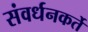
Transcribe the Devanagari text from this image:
संवर्धनकर्ते